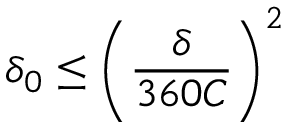
\delta _ { 0 } \leq \left( \frac { \delta } { 3 6 0 C } \right) ^ { 2 }